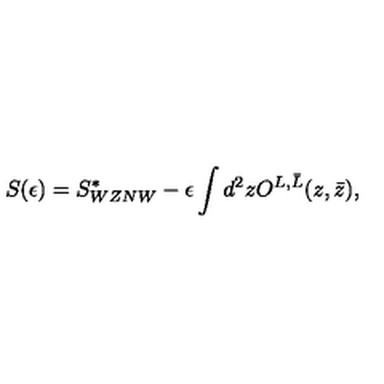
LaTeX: S ( \epsilon ) = S _ { W Z N W } ^ { * } - \epsilon \int d ^ { 2 } z O ^ { L , \bar { L } } ( z , \bar { z } ) ,